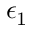
\epsilon _ { 1 }